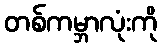
တစ်ကမ္ဘာလုံးကို